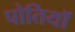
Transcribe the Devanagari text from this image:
पोतियाॅ